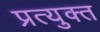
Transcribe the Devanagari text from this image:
प्रत्युक्त